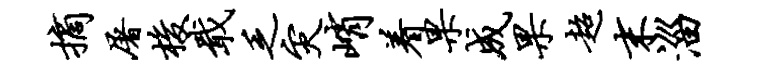
摘屠梭戢乏灾峭着果成果超末淄